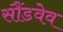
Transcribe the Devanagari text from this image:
सौंडवेव